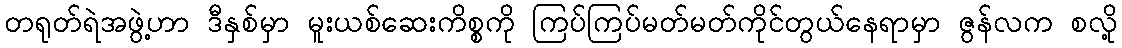
တရုတ်ရဲအဖွဲ့ဟာ ဒီနှစ်မှာ မူးယစ်ဆေးကိစ္စကို ကြပ်ကြပ်မတ်မတ်ကိုင်တွယ်နေရာမှာ ဇွန်လက စလို့